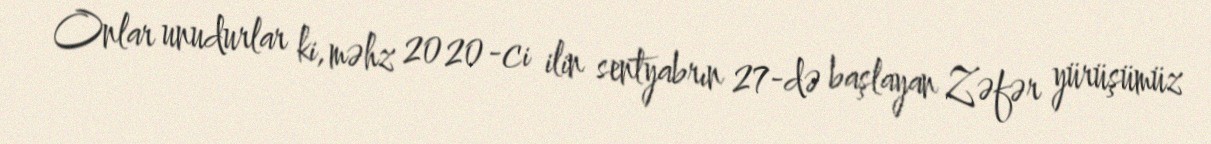
Onlar unudurlar ki, məhz 2020-ci ilin sentyabrın 27-də başlayan Zəfər yürüşümüz